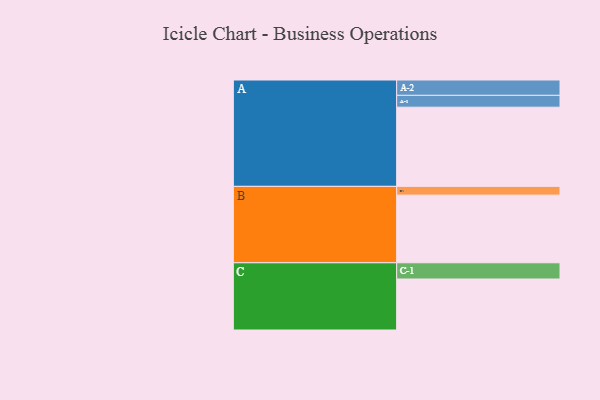
{"axis": {"x": "Segment", "y": "Value"}, "legend": ["", "A", "B", "C"], "data": [{"x": "A", "y": 542, "type": ""}, {"x": "B", "y": 463, "type": ""}, {"x": "C", "y": 349, "type": ""}, {"x": "A-1", "y": 81, "type": "A"}, {"x": "A-2", "y": 105, "type": "A"}, {"x": "B-1", "y": 60, "type": "B"}, {"x": "C-1", "y": 111, "type": "C"}]}